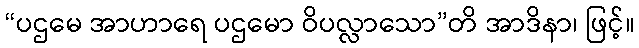
“ပဌမေ အာဟာရေ ပဌမော ဝိပလ္လာသော”တိ အာဒိနာ၊ ဖြင့်။